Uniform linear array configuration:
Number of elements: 8
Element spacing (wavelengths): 0.75
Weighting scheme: blackman
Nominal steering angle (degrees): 45
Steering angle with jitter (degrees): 47.0
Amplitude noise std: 0.05
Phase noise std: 0.05

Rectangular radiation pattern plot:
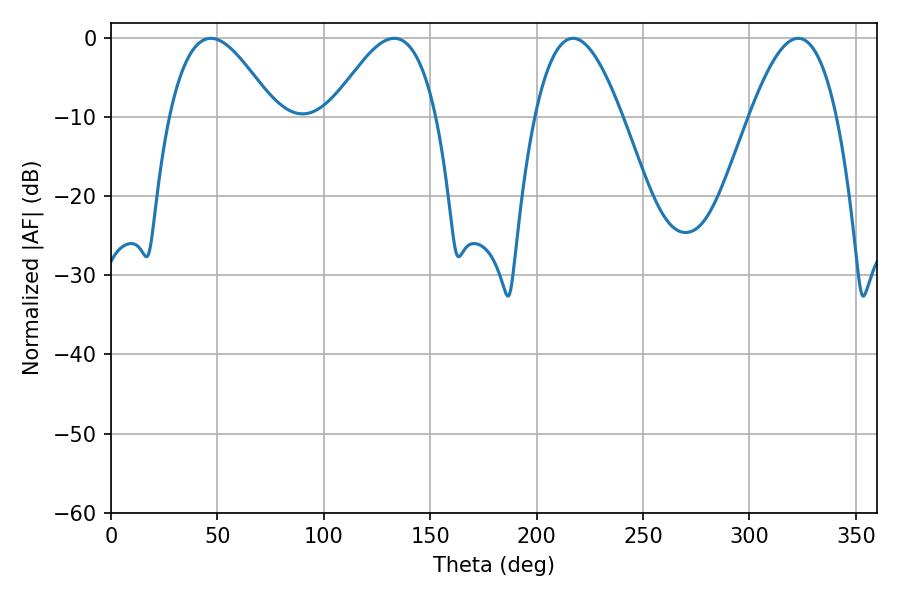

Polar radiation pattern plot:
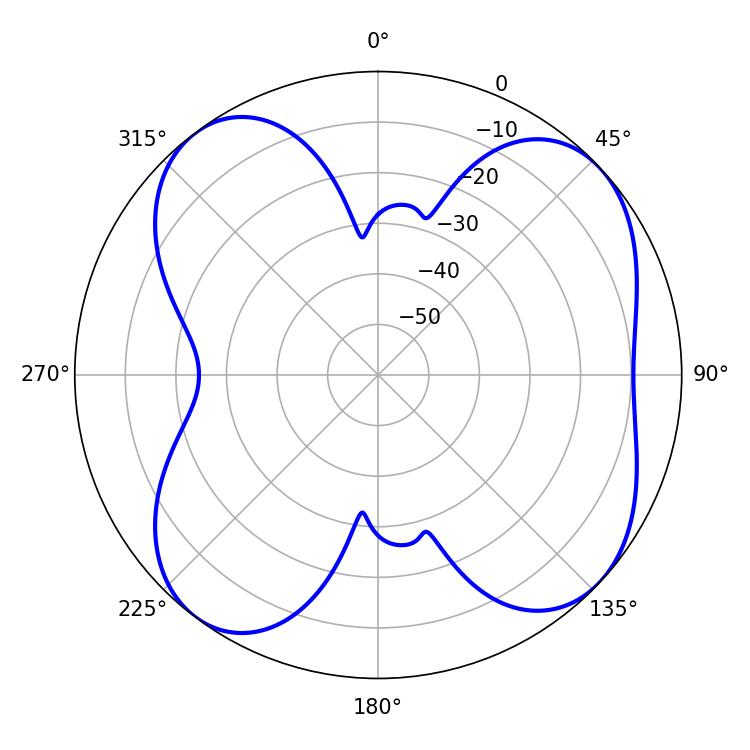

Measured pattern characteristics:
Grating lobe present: TRUE
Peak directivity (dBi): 8.463
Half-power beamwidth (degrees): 22.5
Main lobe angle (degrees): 217.08